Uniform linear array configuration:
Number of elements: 32
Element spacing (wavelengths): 0.25
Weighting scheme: cosine
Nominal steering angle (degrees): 60
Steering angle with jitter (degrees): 58.069
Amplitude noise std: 0.05
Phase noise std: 0.05

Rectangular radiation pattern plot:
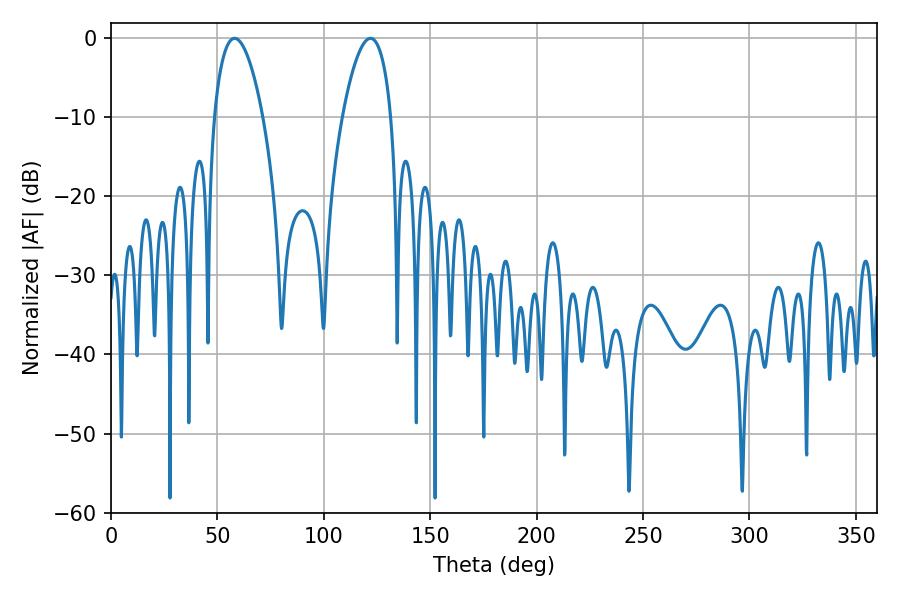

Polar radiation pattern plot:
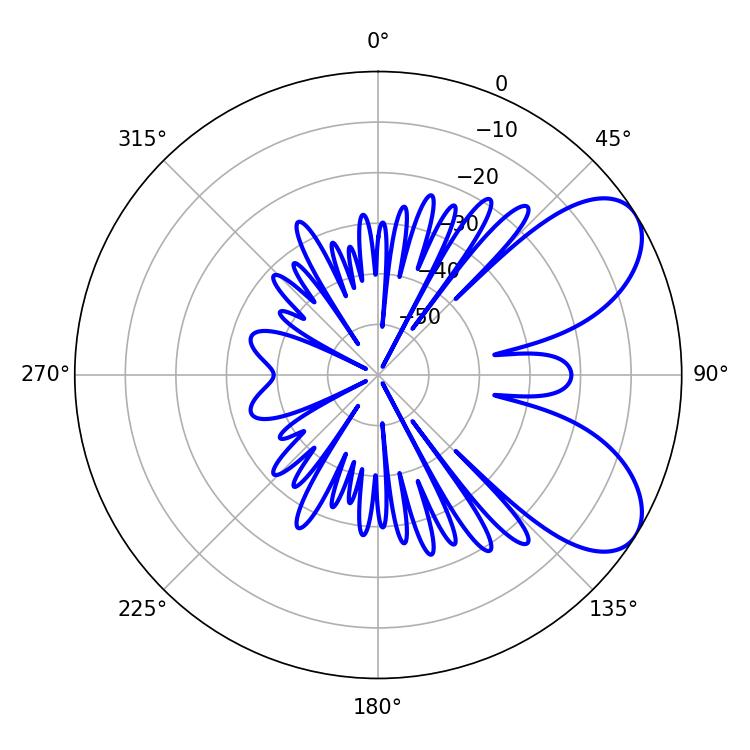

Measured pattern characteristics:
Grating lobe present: FALSE
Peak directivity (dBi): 6.903
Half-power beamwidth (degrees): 12.6
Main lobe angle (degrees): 58.14